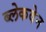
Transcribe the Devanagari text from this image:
ब्लेकवेन